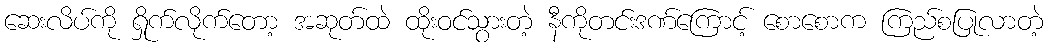
ဆေးလိပ်ကို ရှိုက်လိုက်တော့ အဆုတ်ထဲ ထိုးဝင်သွားတဲ့ နီကိုတင်းဒဏ်ကြောင့် စောစောက ကြည်စပြုလာတဲ့